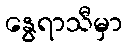
နွေရာသီမှာ